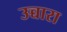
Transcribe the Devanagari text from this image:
उच्चारा